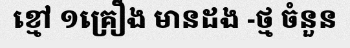
ខ្មៅ ១គ្រឿង មានដង -ថ្ម ចំនួន